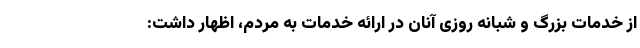
از خدمات بزرگ و شبانه روزی آنان در ارائه خدمات به مردم، اظهار داشت: